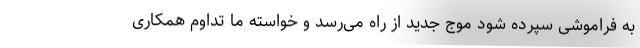
به فراموشی سپرده شود موج جدید از راه می‌رسد و خواسته ما تداوم همکاری